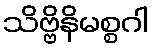
သိဗ္ဗိနိမစ္စဂါ